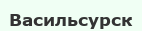
Васильсурск